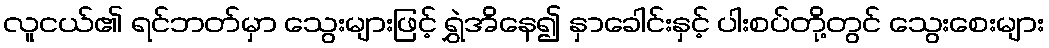
လူငယ်၏ ရင်ဘတ်မှာ သွေးများဖြင့် ရွှဲအိနေ၍ နှာခေါင်းနှင့် ပါးစပ်တို့တွင် သွေးစေးများ